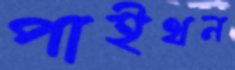
পাইথন